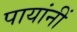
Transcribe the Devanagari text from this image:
पायांनीं